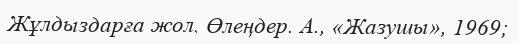
Жұлдыздарға жол. Өлеңдер. А., «Жазушы», 1969;